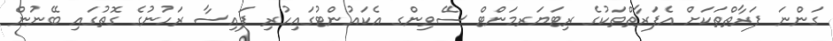
ގަންނަ ފަރާތްތަކަށް އެފަރާތްތަކުގެ ރިޓަޔަރމަންޓް ސޭވިންގ އެކައުންޓުގައިހުރި ފައިސާ ރަހުނުގެ ގޮތުގައި ބޭނުން